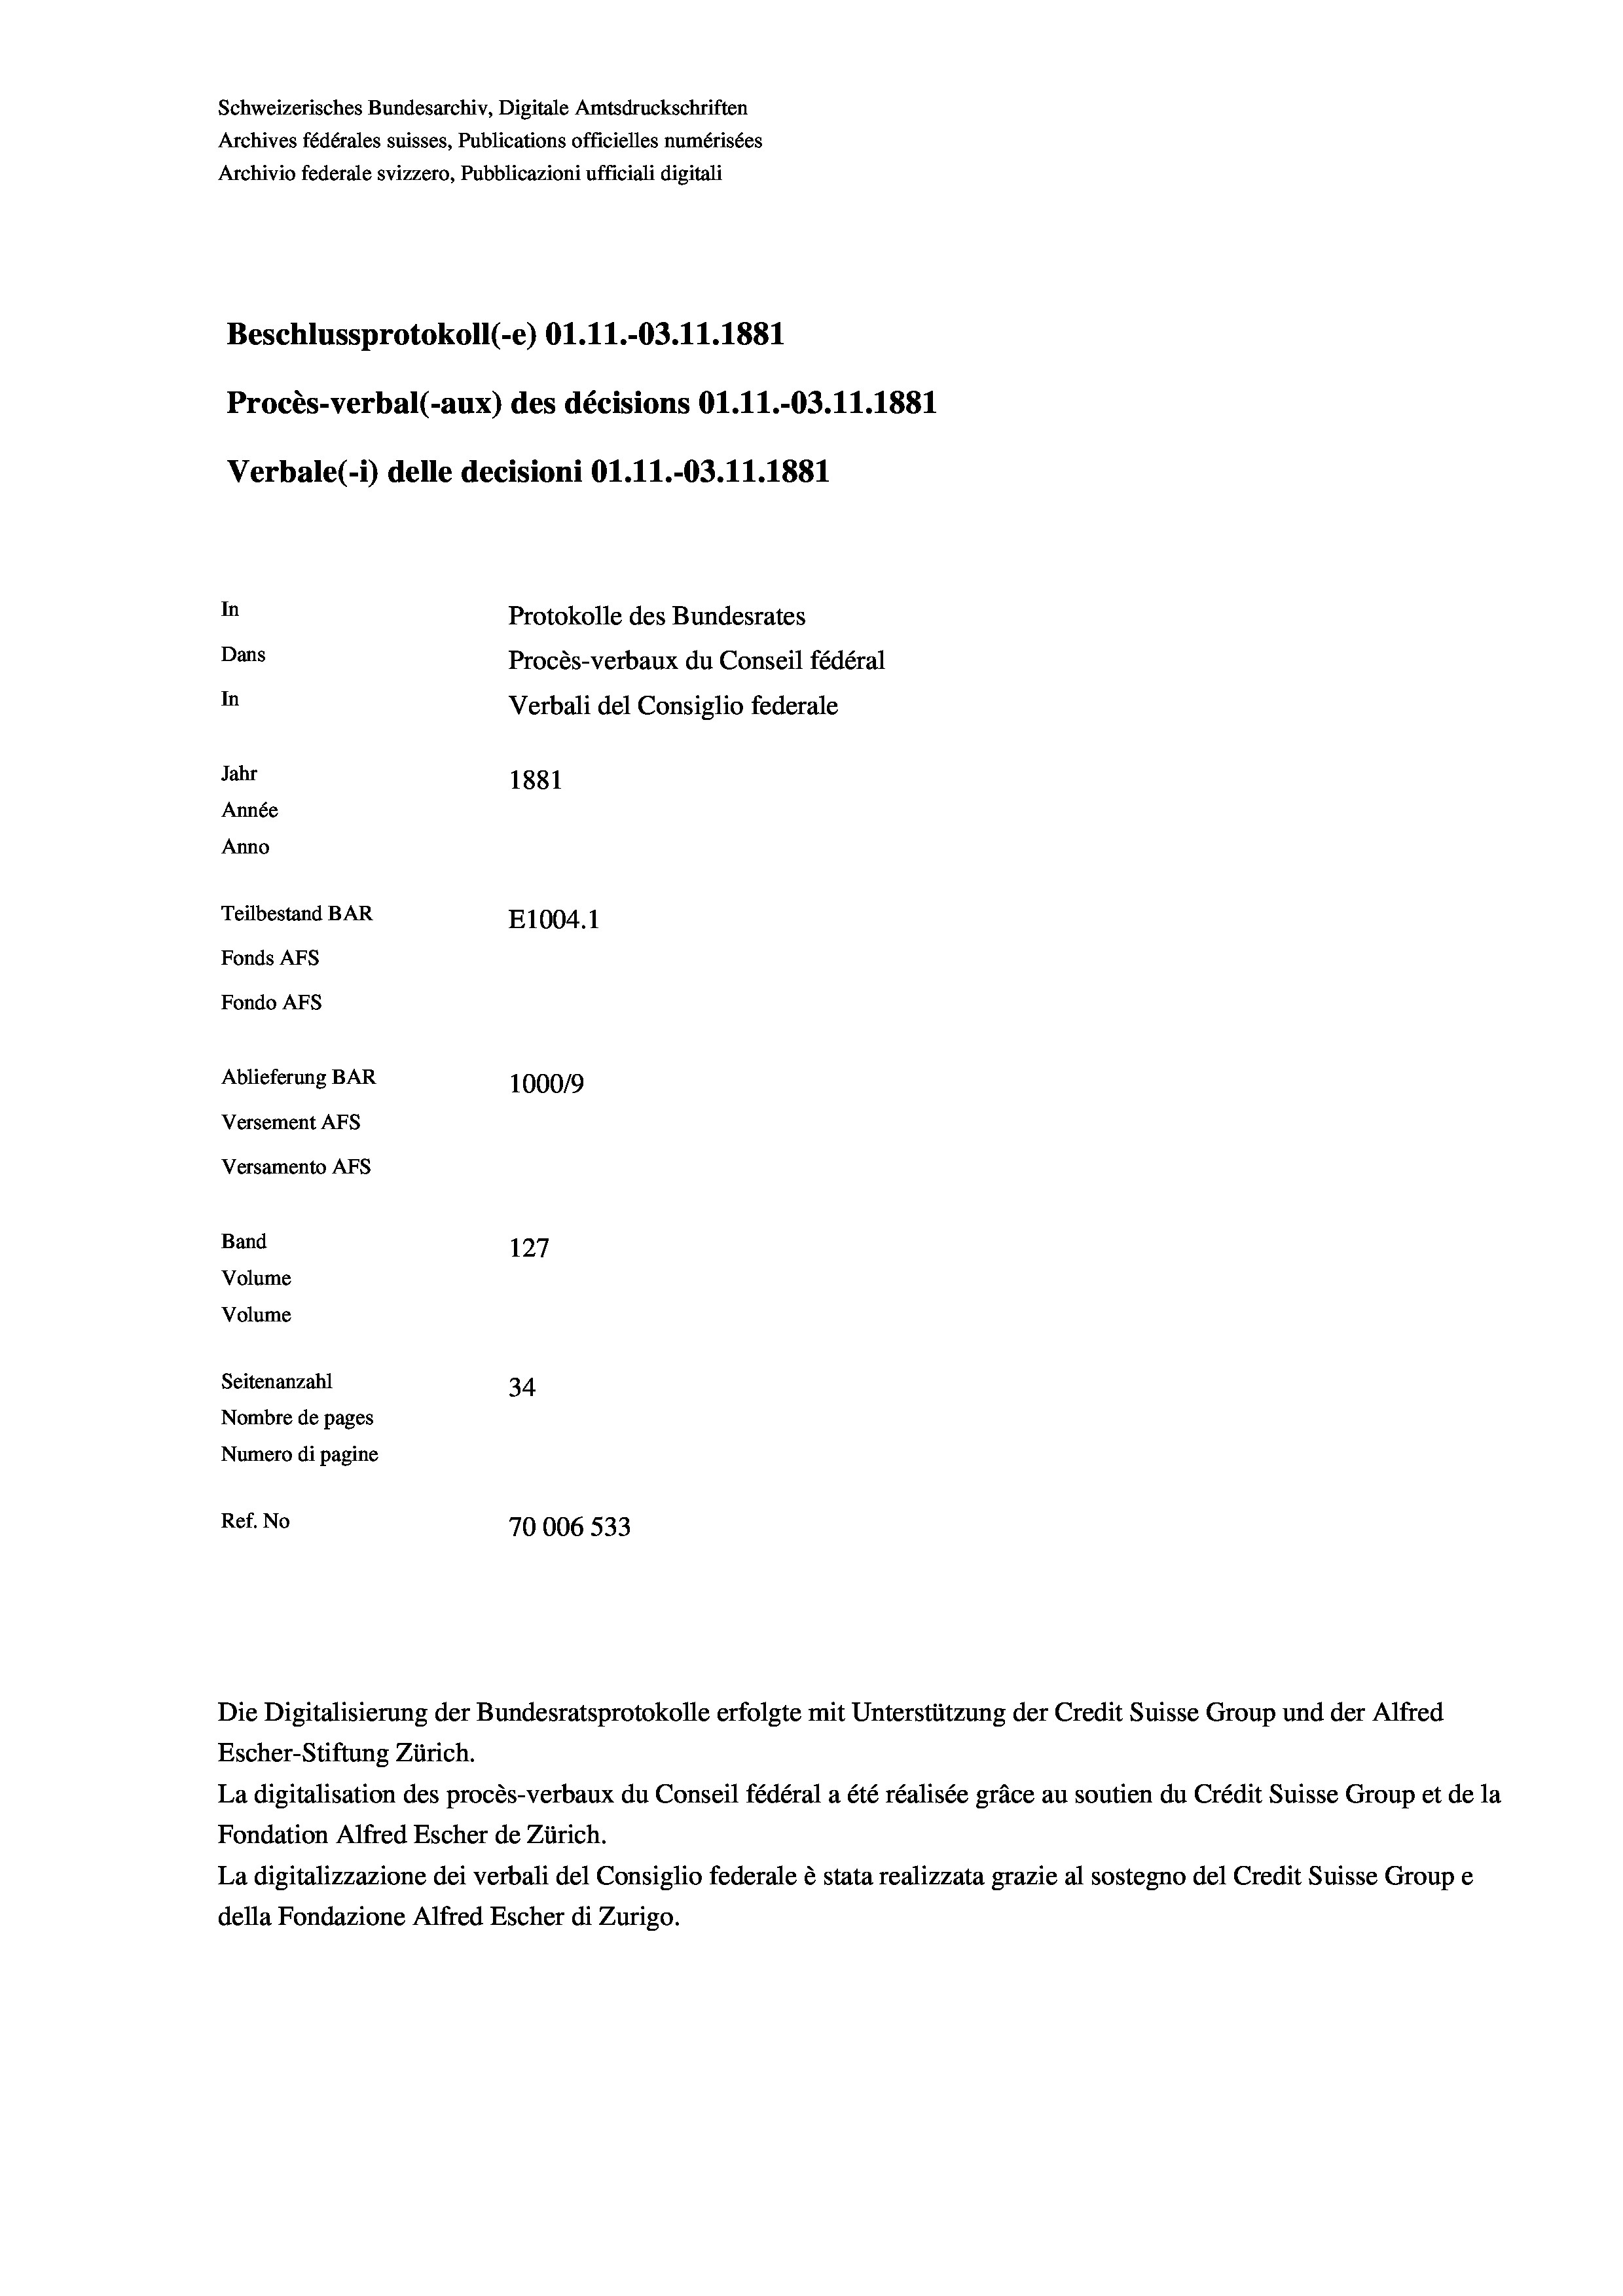
Schweizerisches Bundesarchiv, Digitale Amtsdruckschriften
Archives fédérales suisses, Publications officielles numérisées
Archivio federale svizzero, Pubblicazioni ufficiali digitali
Beschlussprotokoll (-e) Ol.11.-03.11.1881
Procès-verbal (-aux) des décisions O1.11.-03.11.1881
Verbale (i) delle decisioni Ol.11.-03.11.1881
In
Protokolle des Bundesrates
Dans
Procès-verbaux du Conseil fédéral
In
Verbali del Consiglio federale
Jahr
1881
Année
Anno
Teilbestand BAR
E1004. 1
Fonds AFs
Fondo Afs
Ablieferung BAR
100019
Versement AFs
Versamento AFS
Band
127
Volume
Volume
Seitenanzahl
34
Nombre de pages
Numero di pagine
Ref. No
70006 533

Die Digitalisierung der Bundesratsprotokolle erfolgte mit Unterstützung der Credit Suisse Group und der Alfred
Escher-Stiftung Zürich.
La digitalisation des procès-verbaux du Conseil fédéral a été réalisée gräce au soutien du Crédit Suisse Group et de la
Fondation Alfred Escher de Zürich.
La digitalizzazione dei verbali del Consiglio federale è stata realizzata grazie al sostegno del Credit Suisse Groupe
della Fondazione Alfred Escher di Zurigo.